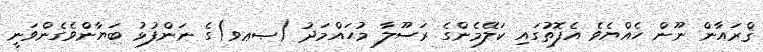
ޤްރައާން ނޫން ހެއްޔެވެ އެފޮތުގައި ކަލޭމެންގެ ރަސޫލާ މުޙައްމަދު (ޞޢވ)ގެ ނަންފުޅު ބަޔާންވެގެންވަނީ